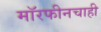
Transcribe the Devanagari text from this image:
मॉरफीनचाही